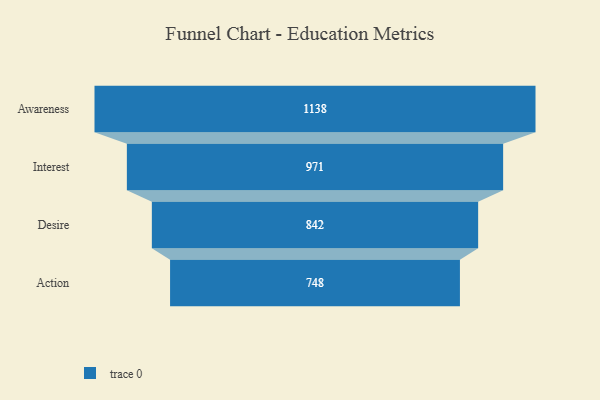
{"axis": {"x": "Stage", "y": "Value"}, "legend": [""], "data": [{"x": "Awareness", "y": 1138.0, "type": ""}, {"x": "Interest", "y": 971.0, "type": ""}, {"x": "Desire", "y": 842.0, "type": ""}, {"x": "Action", "y": 748.0, "type": ""}]}